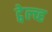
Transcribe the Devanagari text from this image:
ट्वेल्व्ह